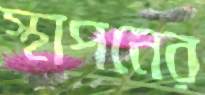
স্থাপনের